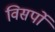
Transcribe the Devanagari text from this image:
विसर्पो